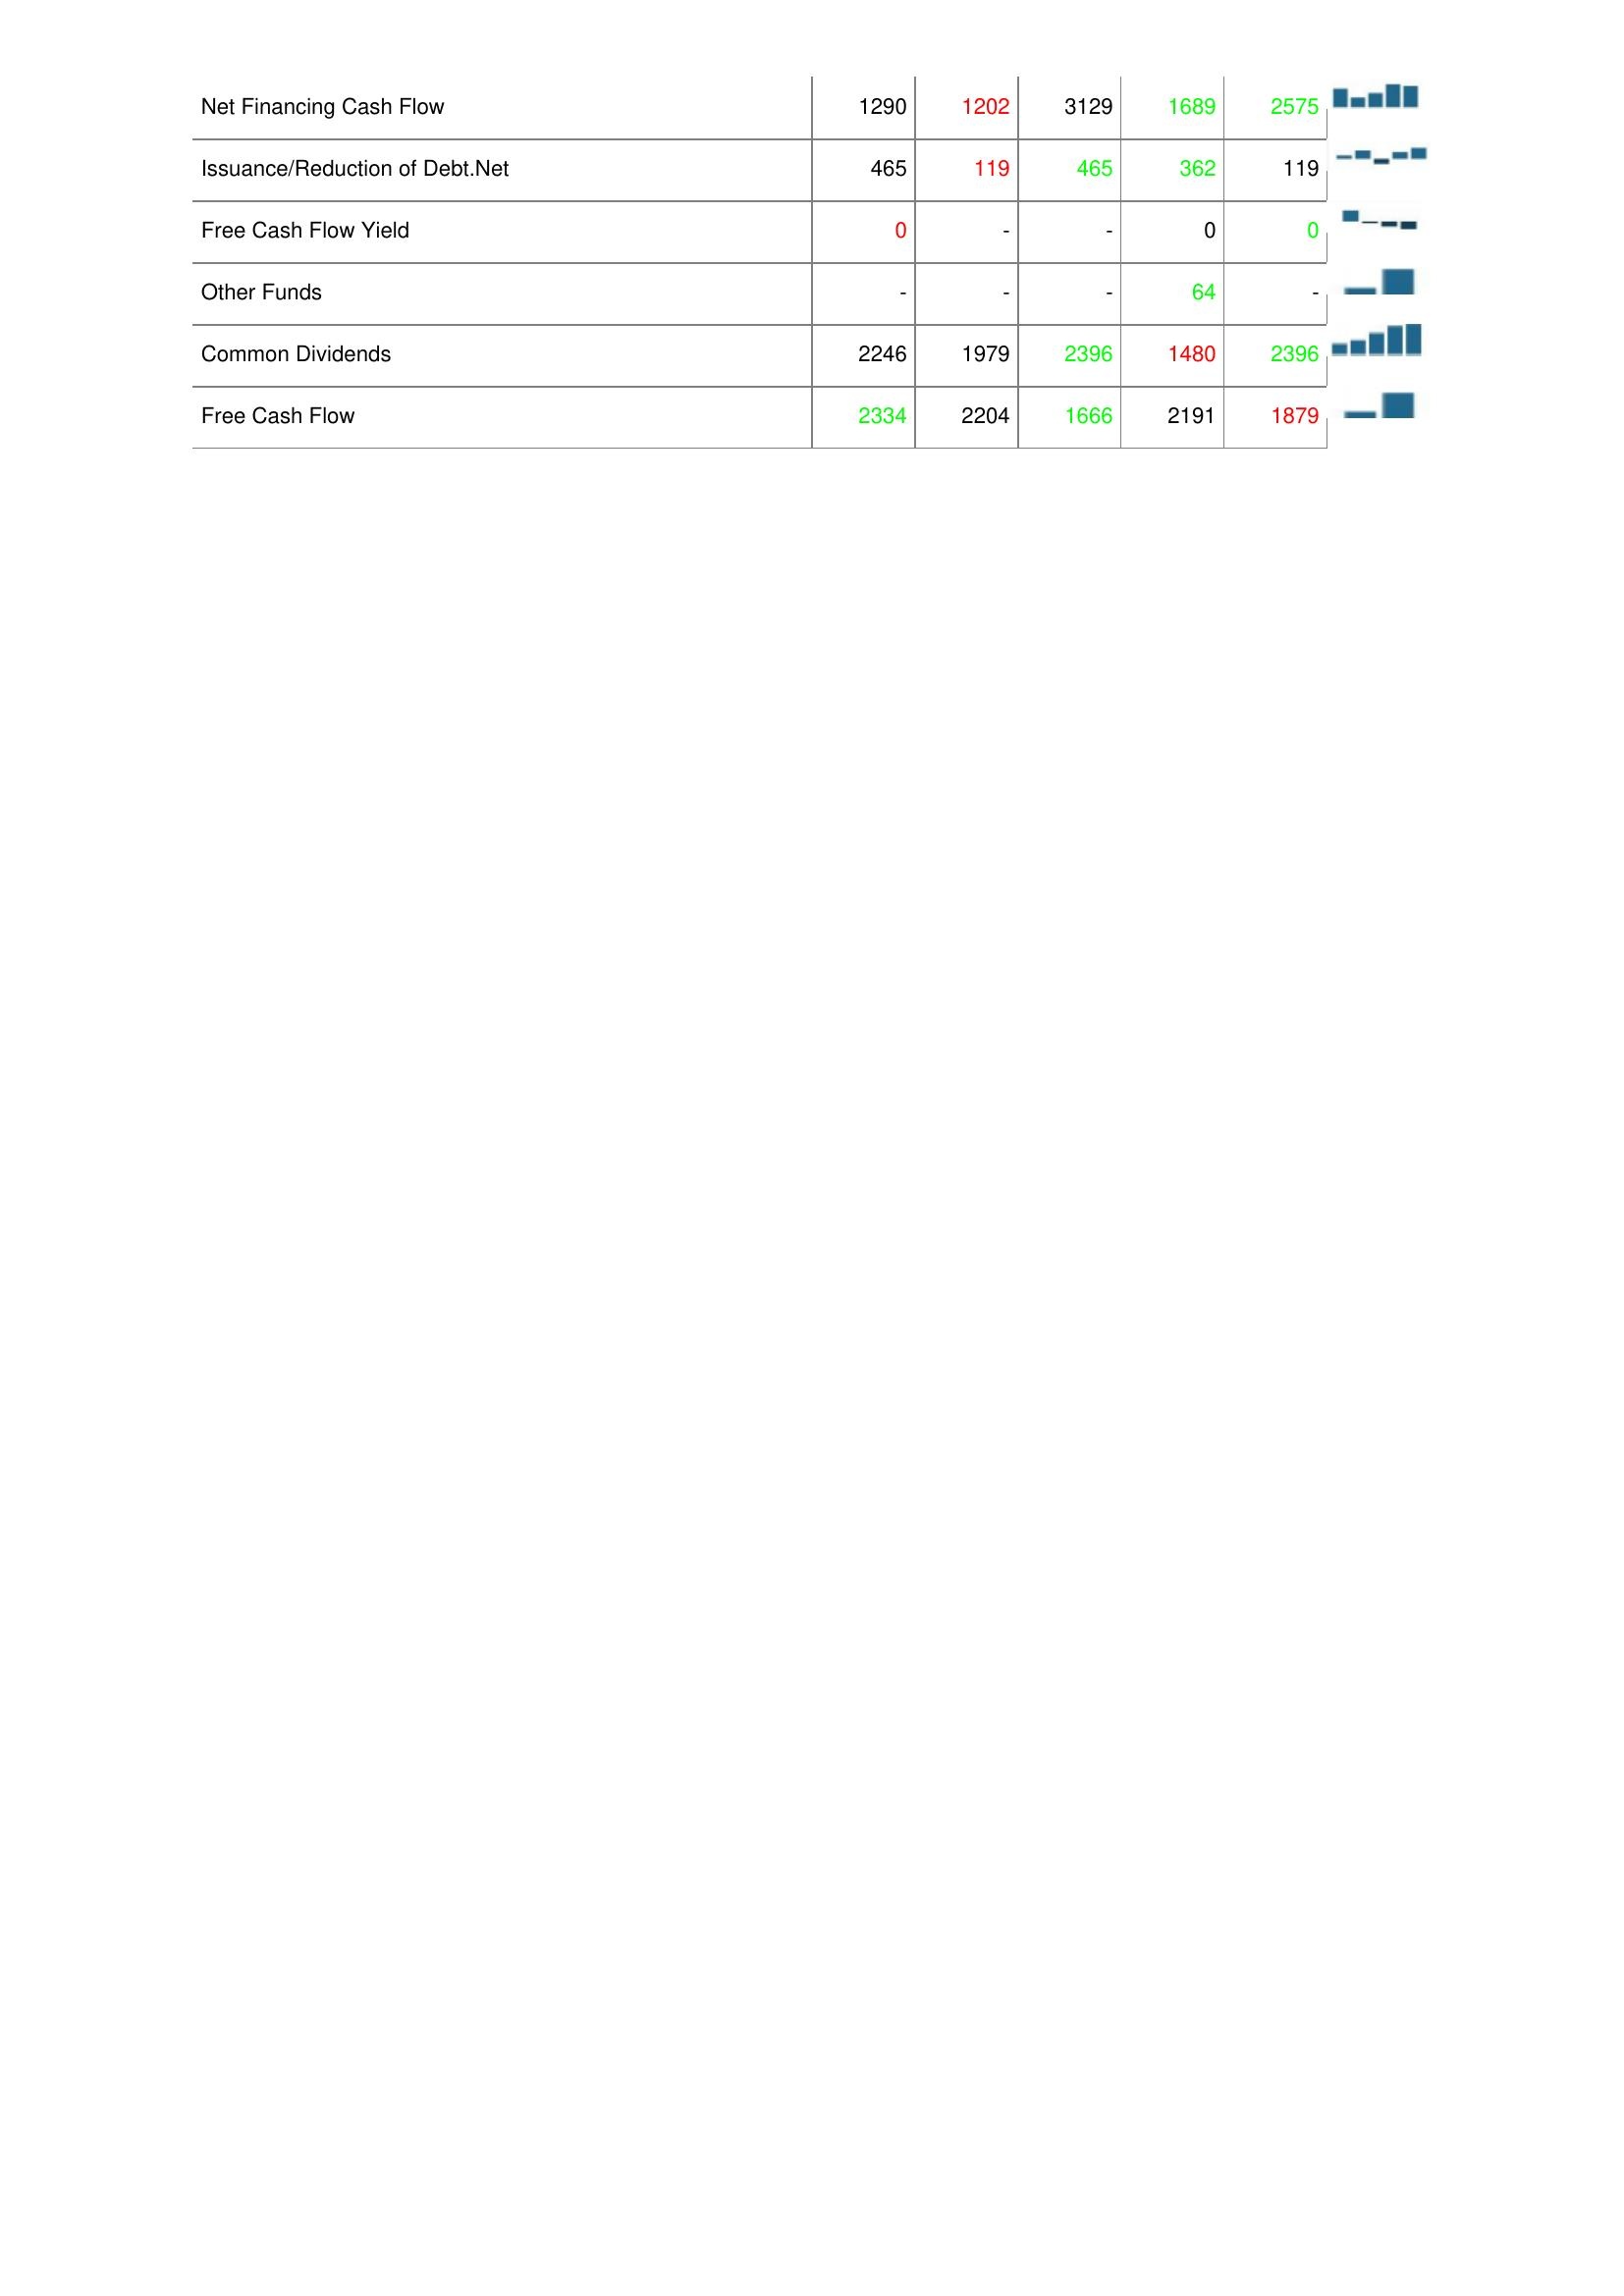
2007: Financing Activities: Net Financing Cash Flow: 1290
Issuance/Reduction of Debt.Net: 465
Free Cash Flow Yield: 0
Other Funds: -
Common Dividends: 2246
Free Cash Flow: 2334
2006: Financing Activities: Net Financing Cash Flow: 1202
Issuance/Reduction of Debt.Net: 119
Free Cash Flow Yield: -
Other Funds: -
Common Dividends: 1979
Free Cash Flow: 2204
2005: Financing Activities: Net Financing Cash Flow: 3129
Issuance/Reduction of Debt.Net: 465
Free Cash Flow Yield: -
Other Funds: -
Common Dividends: 2396
Free Cash Flow: 1666
2004: Financing Activities: Net Financing Cash Flow: 1689
Issuance/Reduction of Debt.Net: 362
Free Cash Flow Yield: 0
Other Funds: 64
Common Dividends: 1480
Free Cash Flow: 2191
2003: Financing Activities: Net Financing Cash Flow: 2575
Issuance/Reduction of Debt.Net: 119
Free Cash Flow Yield: 0
Other Funds: -
Common Dividends: 2396
Free Cash Flow: 1879